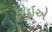
ફોઇએ